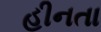
હીનતા